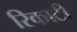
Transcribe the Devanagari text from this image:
रिकाटी